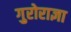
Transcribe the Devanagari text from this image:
गुरोराज्ञा